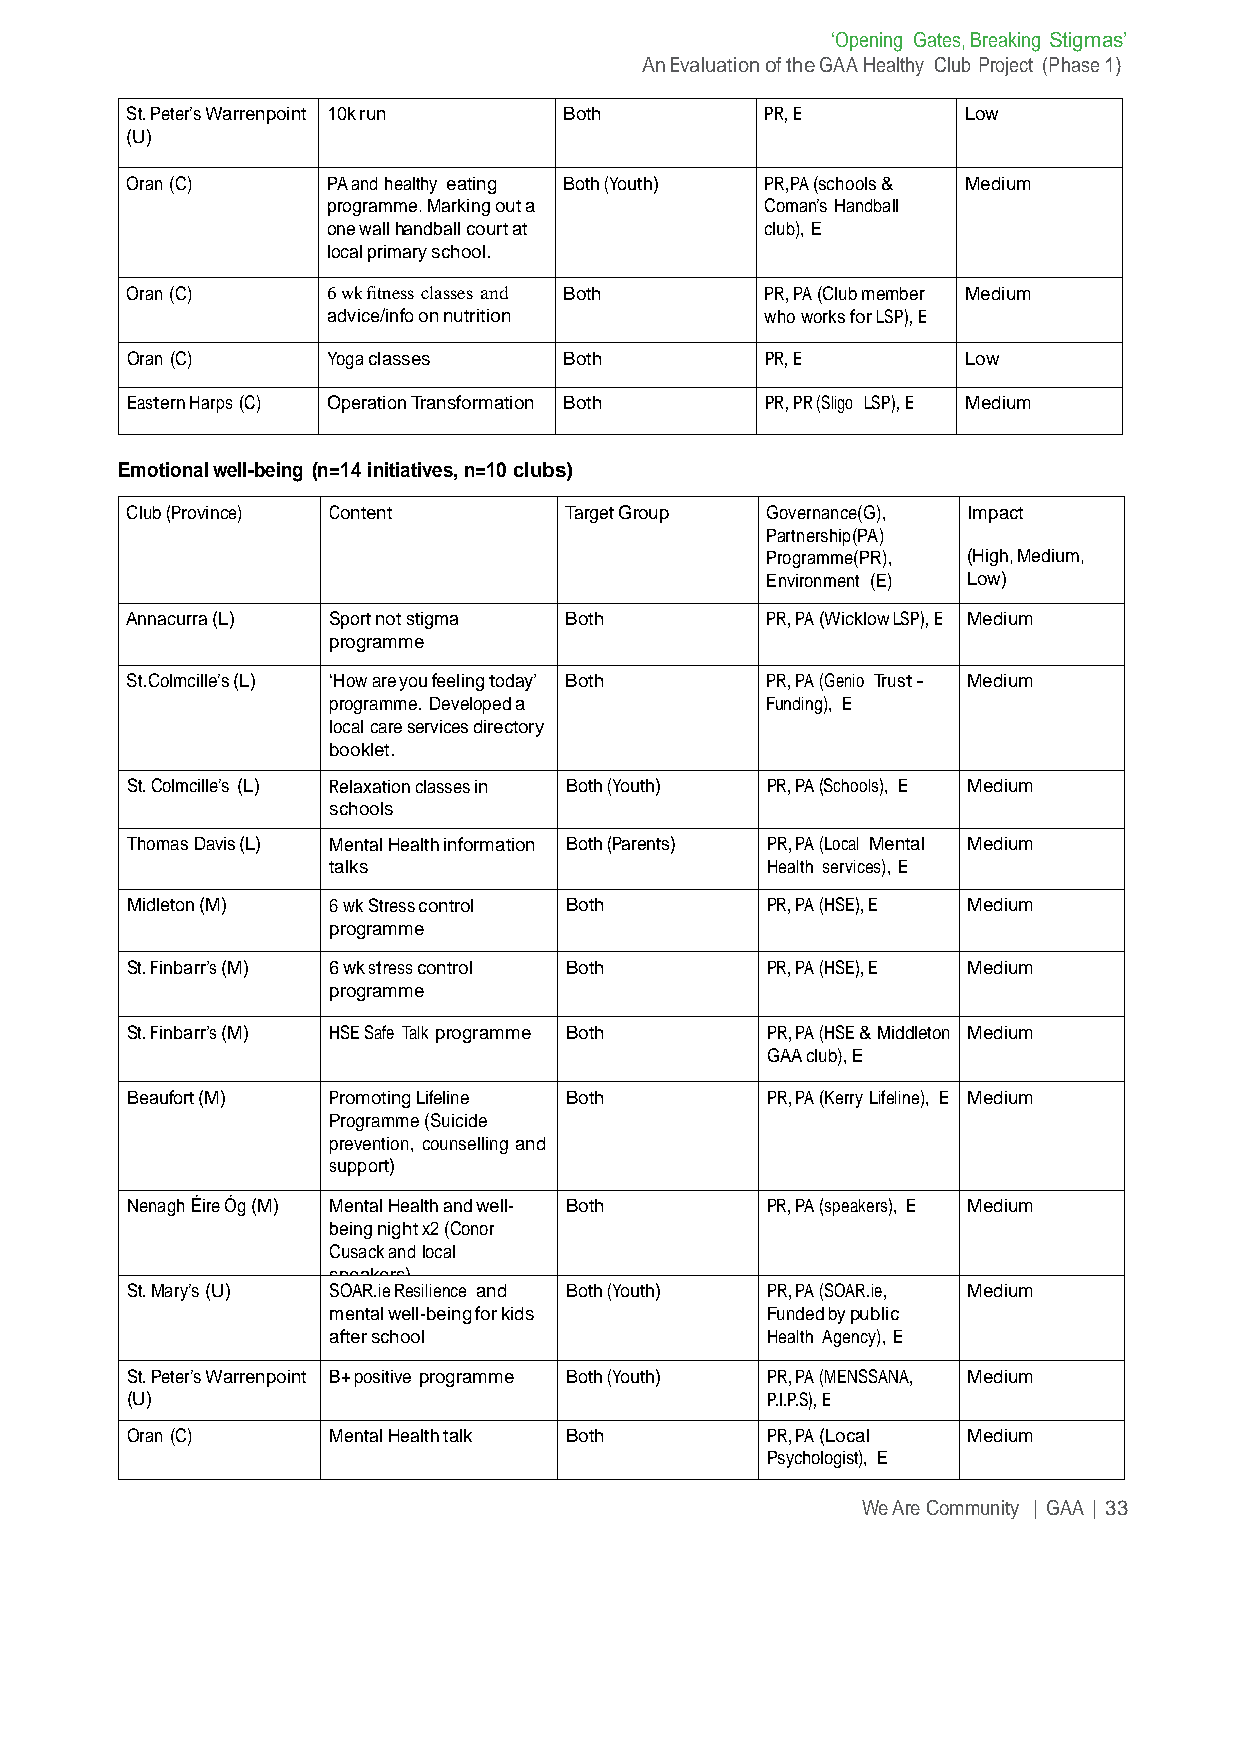
‘Opening Gates, Breaking Stigmas’
 An Evaluation of the GAA Healthy Club Project (Phase 1)
 St. Peter’s Warrenpoint 10k run Both       PR, E        Low
 (U)
 Oran (C)      PA and healthy eating Both (Youth) PR,PA (schools & Medium
 programme. Marking out a     Coman’s Handball
 one wall handball court at   club), E
 local primary school.
 Oran (C)      6 wk fitness classes and Both PR, PA (Club member Medium
 advice/info on nutrition     who works for LSP), E
 Oran (C)      Yoga classes   Both          PR, E        Low
 Eastern Harps (C) Operation Transformation Both PR, PR (Sligo LSP), E Medium
 Emotional well-being (n=14 initiatives, n=10 clubs)
 Club (Province) Content      Target Group  Governance(G), Impact
 Partnership(PA)
 Programme(PR), (High, Medium,
 Environment (E) Low)
 Annacurra (L) Sport not stigma Both        PR, PA (Wicklow LSP), E Medium
 programme
 St.Colmcille’s (L) ‘How are you feeling today’ Both PR, PA (Genio Trust - Medium
 programme. Developed a       Funding), E
 local care services directory
 booklet.
 St. Colmcille’s (L) Relaxation classes in Both (Youth) PR, PA (Schools), E Medium
 schools
 Thomas Davis (L) Mental Health information Both (Parents) PR, PA (Local Mental Medium
 talks                        Health services), E
 Midleton (M)  6 wk Stress control Both     PR, PA (HSE), E Medium
 programme
 St. Finbarr’s (M) 6 wk stress control Both PR, PA (HSE), E Medium
 programme
 St. Finbarr’s (M) HSE Safe Talk programme Both PR, PA (HSE & Middleton Medium
 GAA club), E
 Beaufort (M)  Promoting Lifeline Both      PR, PA (Kerry Lifeline), E Medium
 Programme (Suicide
 prevention, counselling and
 support)
 Nenagh Éire Óg (M) Mental Health and well- Both PR, PA (speakers), E Medium
 being night x2 (Conor
 Cusack and local
 speakers)
 St. Mary’s (U) SOAR.ie Resilience and Both (Youth) PR, PA (SOAR.ie, Medium
 mental well-being for kids   Funded by public
 after school                 Health Agency), E
 St. Peter’s Warrenpoint B+ positive programme Both (Youth) PR, PA (MENSSANA, Medium
 (U)                                        P.I.P.S), E
 Oran (C)      Mental Health talk Both      PR, PA (Local Medium
 Psychologist), E
 We Are Community | GAA | 33